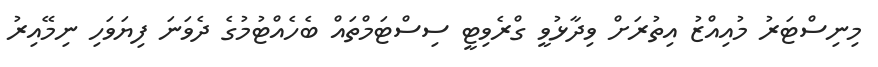
މިނިސްޓަރު މުއިއްޒު އިތުރަށް ވިދާޅުވީ ގްރެވިޓީ ސިސްޓަމްތައް ބެހެއްޓުމުގެ ދެވަނަ ފިޔަވަހި ނިމޭއިރު